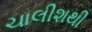
ચાલીશથી